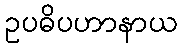
ဥပဓိပဟာနာယ